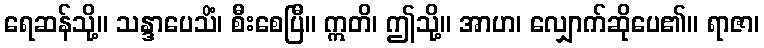
ရေဆန်သို့။ သန္ဒာပေသိံ၊ စီးစေပြီ။ ဣတိ၊ ဤသို့။ အာဟ၊ လျှောက်ဆိုပေ၏။ ရာဇာ၊